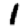
Digit: 1